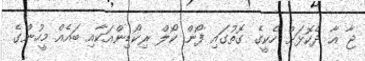
ޖާ އާ ދެކޮޅަށް ހެކީގެ ގޮތުގައި ފޯން ކޯލް ރިކޯޑިންއަކާއި ބައެއް މީހުންގެ